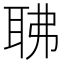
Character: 𦕚